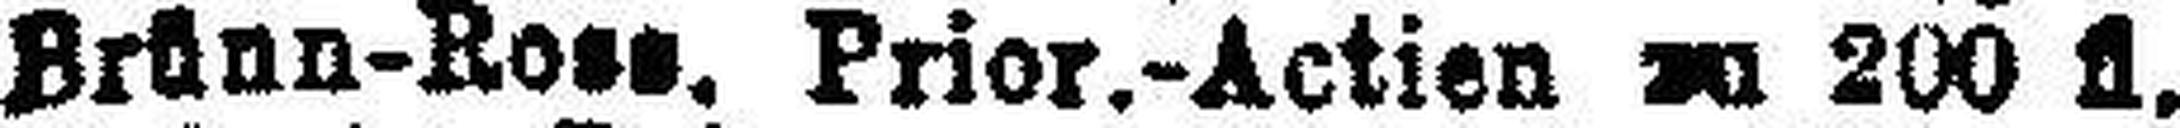
Brünn-Rose. Prior.-Actien zu 200 fl.